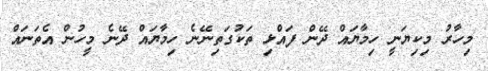
މިހާރު މިކިޔަނީ ހިމާޔައް ދޭން ފައްޅި ތަކުގަތިނޭނެ ހިމާޔައް ދޭނެ މީހުން އެތަނައް